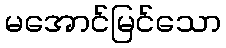
မအောင်မြင်သော